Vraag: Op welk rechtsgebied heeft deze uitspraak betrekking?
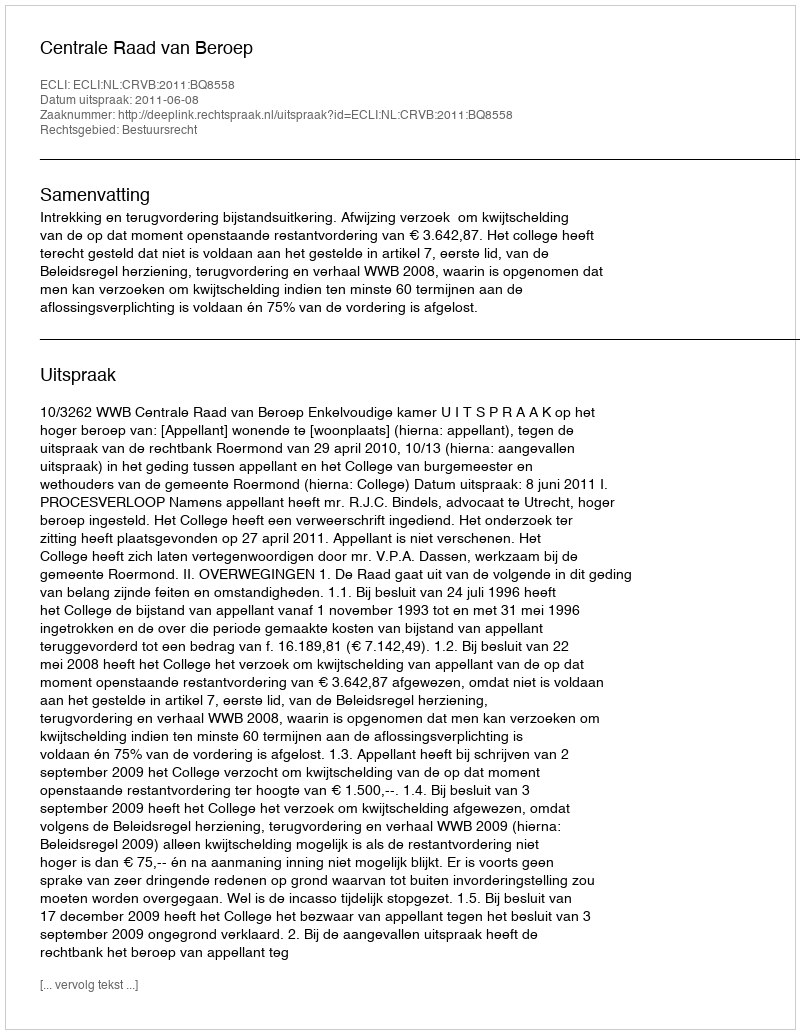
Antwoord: Bestuursrecht